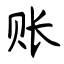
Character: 账